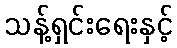
သန့်ရှင်းရေးနှင့်